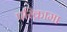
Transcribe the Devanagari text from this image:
परिक्रामा